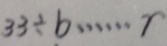
3 3 \div b \cdots r